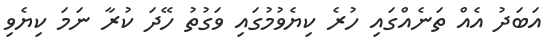
އަބަދު އެއް ތަނެއްގައި ހުރެ ކިޔެވުމުގައި ވަގުތު ހޭދަ ކުރާ ނަމަ ކިޔެވި